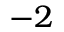
- 2